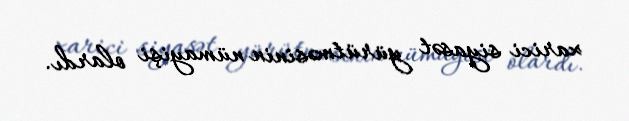
xarici siyasət yürütməsinin nümayişi olardı.